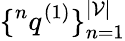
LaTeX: \{ {}^{n}q^{(1)}\} _{n=1}^{|\mathcal{V}|}